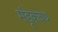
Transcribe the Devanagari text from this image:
मंडूकवध